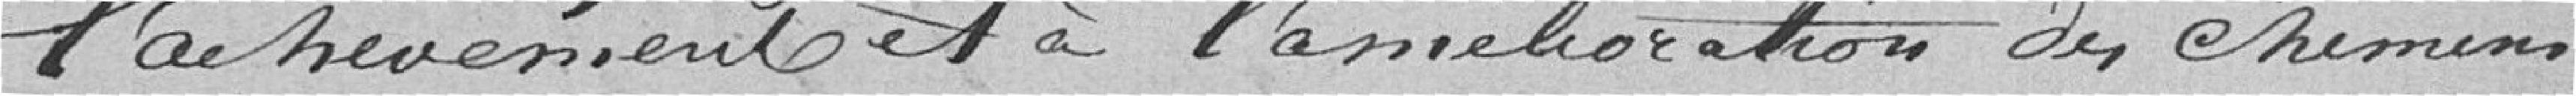
l'achèvement et à l'amélioration des chemins